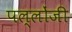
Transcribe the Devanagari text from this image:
पल्लोंजी